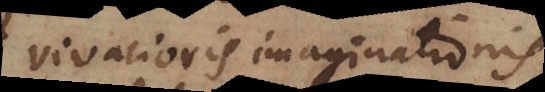
vivacioris imaginationis